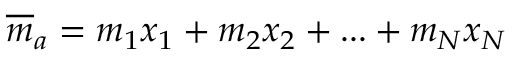
{ \overline { { m } } } _ { a } = m _ { 1 } x _ { 1 } + m _ { 2 } x _ { 2 } + . . . + m _ { N } x _ { N }